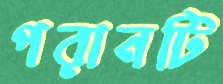
পরানটি